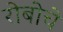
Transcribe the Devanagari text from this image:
रोबोचे